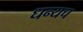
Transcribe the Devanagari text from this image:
धन्यच